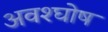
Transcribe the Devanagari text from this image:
अवश्घोष